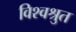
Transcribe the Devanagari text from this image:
विश्वश्रुत